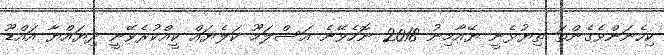
ކިހެނަންވެގެންތަ ތިޔުޅެނީ ޔޭއާމިނު 2018 ނޮހެވޭނެ އަސްލަމޫ ކަލެޔައް ކީއްކުރެވޭނީ ދިޔައްޔާ އައްޑޫ